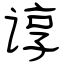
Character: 谆